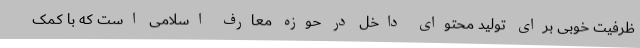
ظرفیت خوبی برای تولید محتوای داخل در حوزه معارف اسلامی است که با کمک